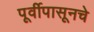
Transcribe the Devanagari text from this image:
पूर्वीपासूनचे